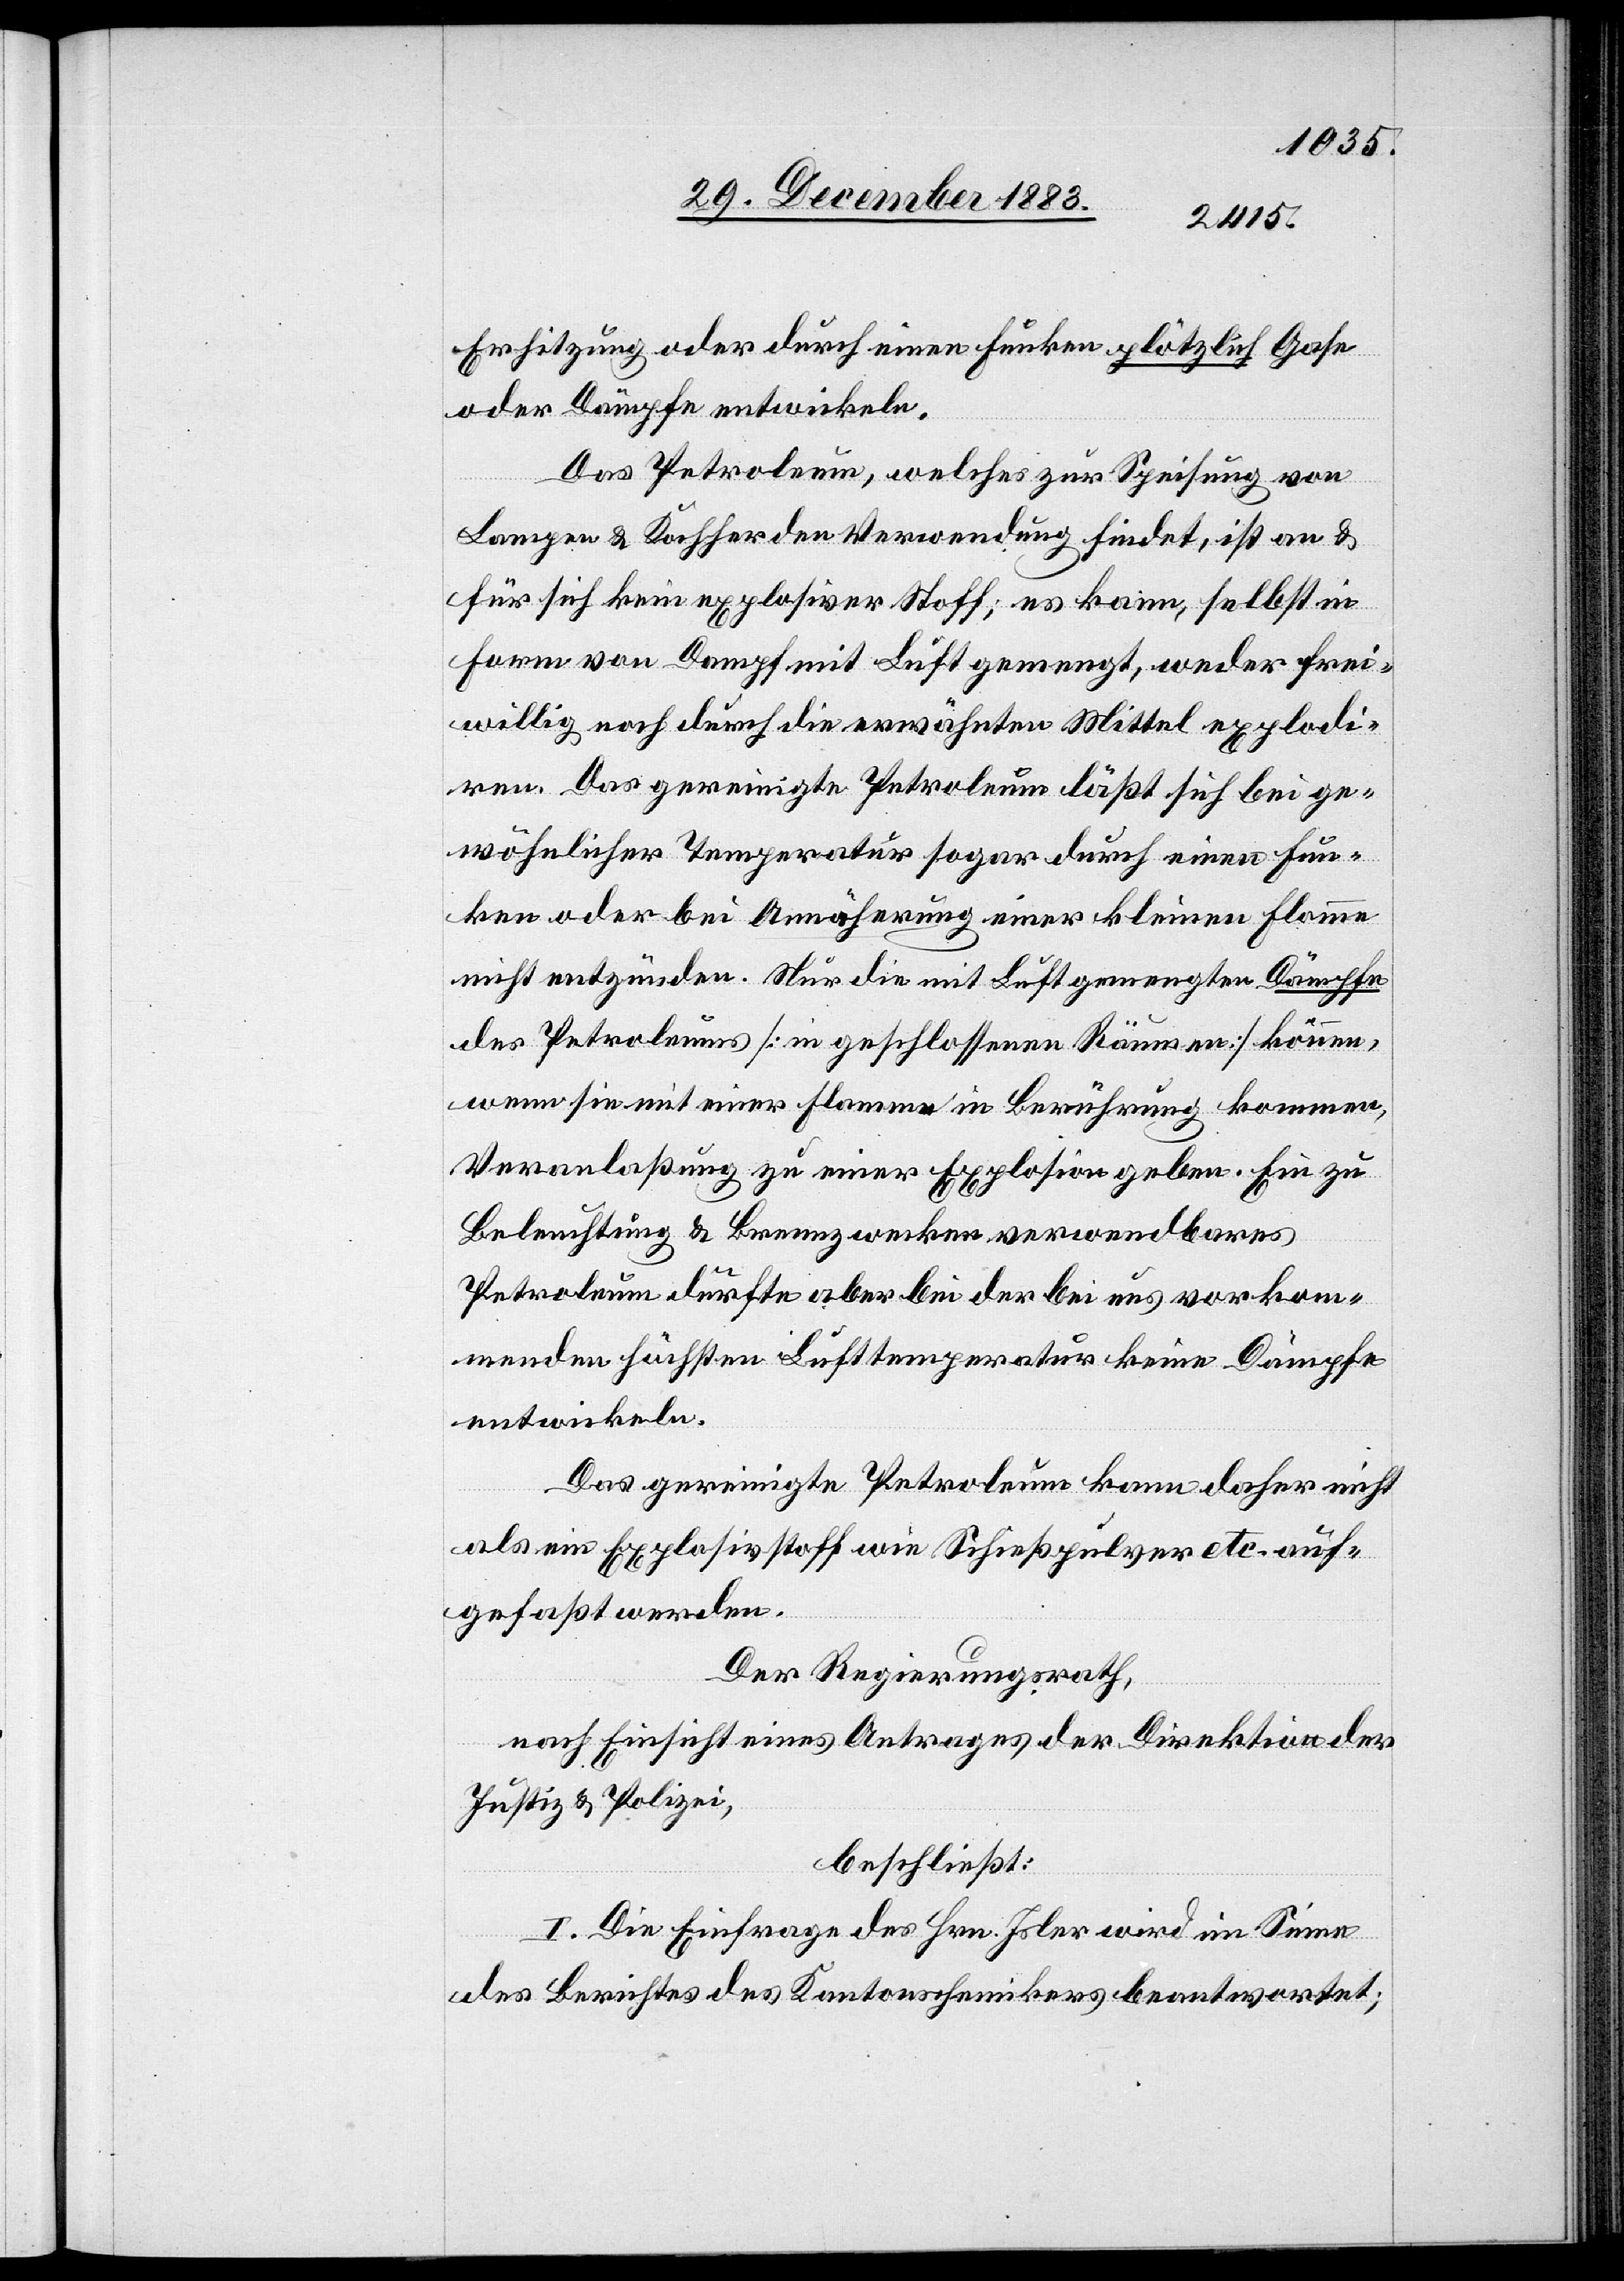
Erhitzung oder durch eine Funken plötzlich Gase
oder Dämpfe entwickeln.
Das Petroleum, welches zur Speisung von
Lampen & Kochherden Verwendung findet, ist an &
für sich kein explosiver Stoff; es kann, selbst in
Form von Dampf mit Luft gemengt, weder frei¬
willig noch durch die erwähnten Mittel explodi¬
ren. Das gereinigte Petroleum läßt sich bei ge¬
wöhnlicher Temperatur sogar durch einen Fun¬
ken oder bei Annäherung einer kleinen Flamme
nicht entzünden. Nur die mit Luft gemengten Dämpfe
des Petroleums [in geschlossenen Räumen] können,
wenn sie mit einer Flamme in Berührung kommen,
Veranlaßung zu einer Explosion geben. Ein zu
Beleuchtung & Brennzwecken verwendbares
Petroleum dürfte aber bei der bei uns vorkom¬
menden höchsten Lufttemperatur keine Dämpfe
entwickeln.
Das gereinigte Petroleum kann daher nicht
als ein Explosivstoff wie Schießpulver etc. auf¬
gefaßt werden.
Der Regierungsrath,
nach Einsicht eines Antrages der Direktion der
Justiz & Polizei,
beschließt:
I. Die Einfrage des Hrn. Isler wird im Sinne
des Berichtes des Kantonschemikers beantwortet;